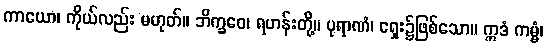
ကာယော၊ ကိုယ်လည်း မဟုတ်။ ဘိက္ခဝေ၊ ရဟန်းတို့။ ပုရာဏံ၊ ရှေး၌ဖြစ်သော။ ဣဒံ ကမ္မံ၊